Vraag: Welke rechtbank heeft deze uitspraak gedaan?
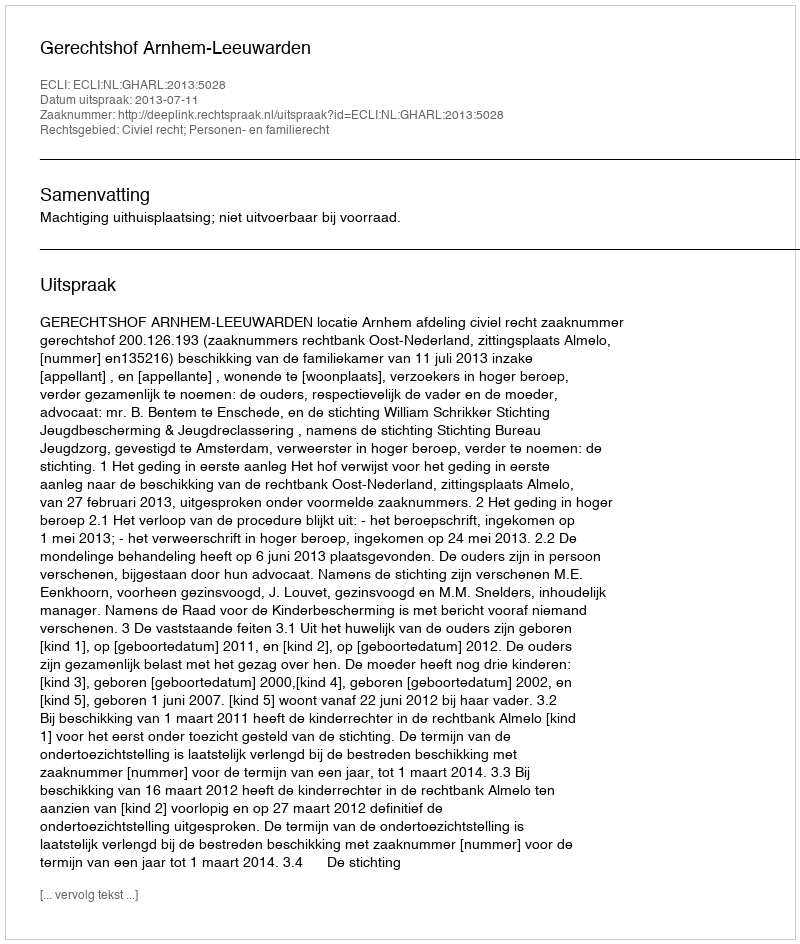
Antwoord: Gerechtshof Arnhem-Leeuwarden